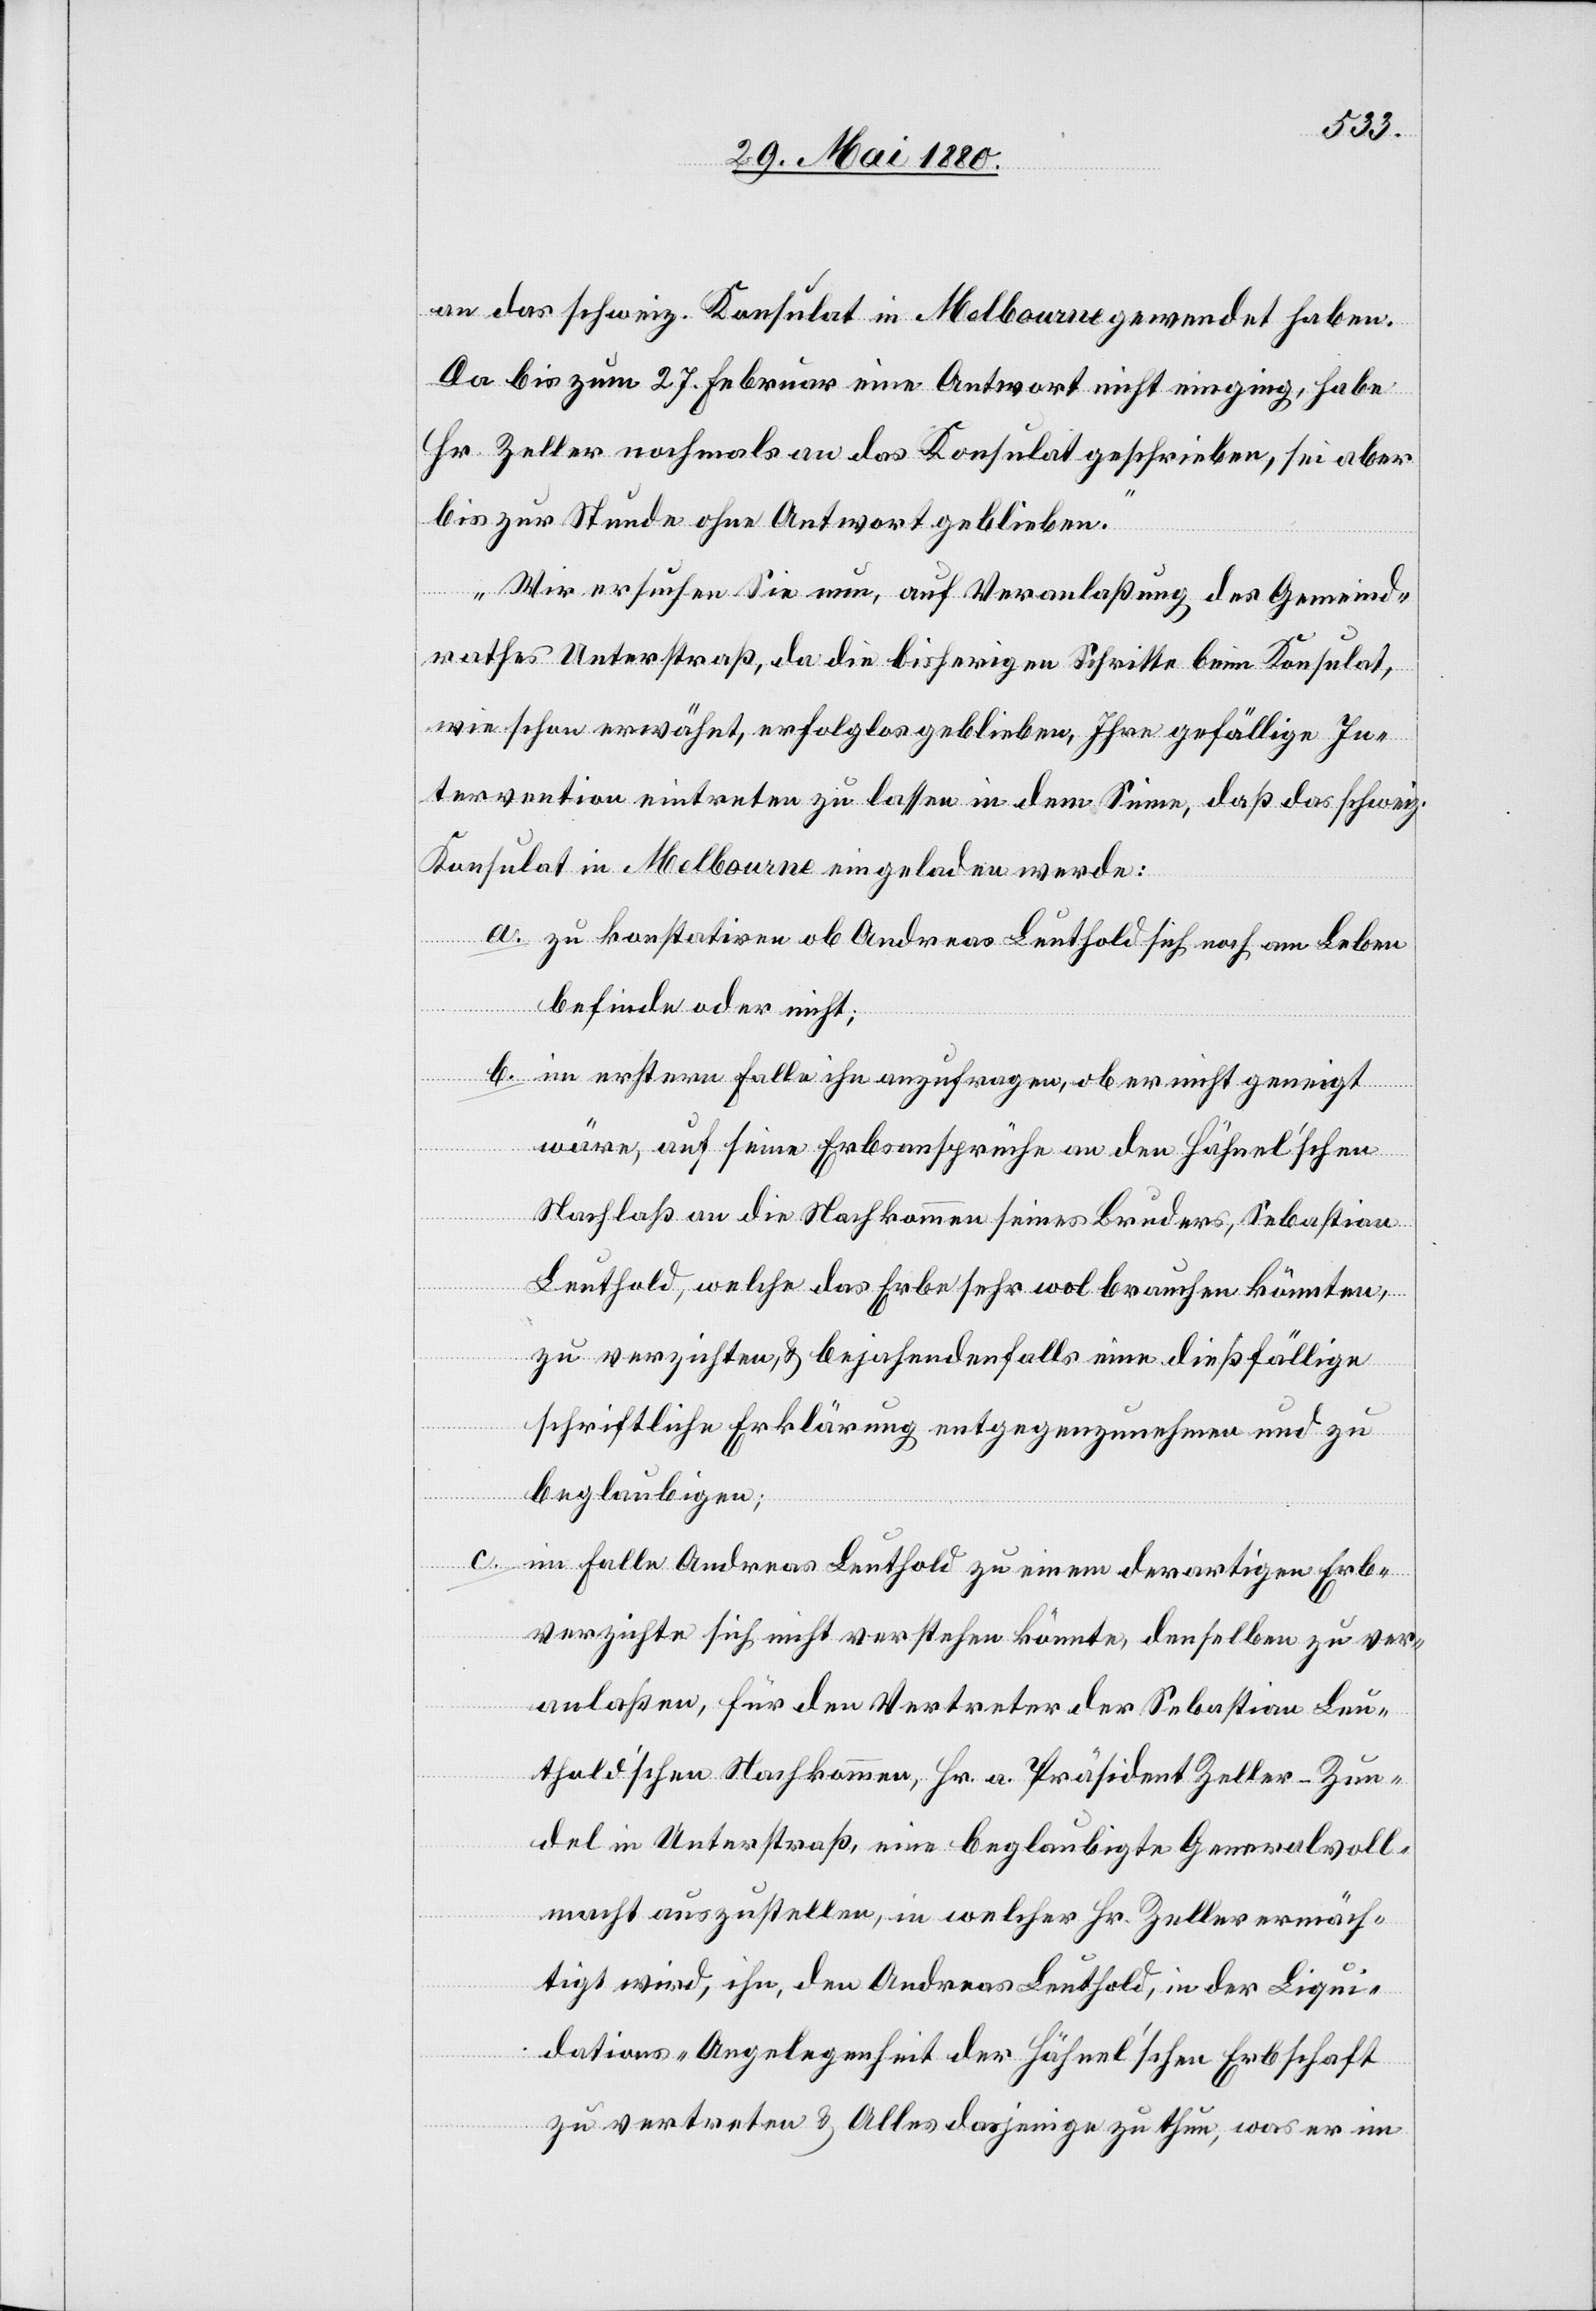
an das schweiz. Konsulat in Melbourne gewendet haben.
Da bis zum 27. Februar eine Antwort nicht einging, habe
Hr. Zeller nochmals an das Konsulat geschrieben, sei aber
bis zur Stunde ohne Antwort geblieben.
Wir ersuchen Sie nun, auf Veranlaßung des Gemeind¬
rathes Unterstraß, da die bisherigen Schritte beim Konsulat,
wie schon erwähnt, erfolglos geblieben, Ihre gefällige In¬
tervention eintreten zu lassen in dem Sinne, daß das schweiz.
Konsulat in Melbourne eingeladen werde:
a. zu konstatiren ob Andreas Leuthold sich noch am Leben
befinde oder nicht;
b. im erstern Falle ihn anzufragen, ob er nicht geneigt
wäre, auf seine Erbsansprüche an den Hähnel’schen
Nachlaß an die Nachkommen seines Bruders, Sebastian
Leuthold, welche das Erbe sehr wol brauchen könnten,
zu verzichten, & bejahenden falls eine dießfällige
schriftliche Erklärung entgegenzunehmen und zu
beglaubigen;
c. im Falle Andreas Leuthold zu einem derartigen Erb¬
verzichte sich nicht verstehen könnte, denselben zu ver¬
anlaßen, für den Vertreter der Sebastian Leu¬
thold’schen Nachkommen, Hr. a. Präsident Zeller-Zun¬
del in Unterstraß, eine beglaubigte Generalvoll¬
macht auszustellen, in welcher Hr. Zeller ermäch¬
tigt wird, ihn, den Andreas Leuthold, in der Liqui¬
dations-Angelegenheit der Hähnel’schen Erbschaft
zu vertreten & Alles dasjenige zu thun, was er im